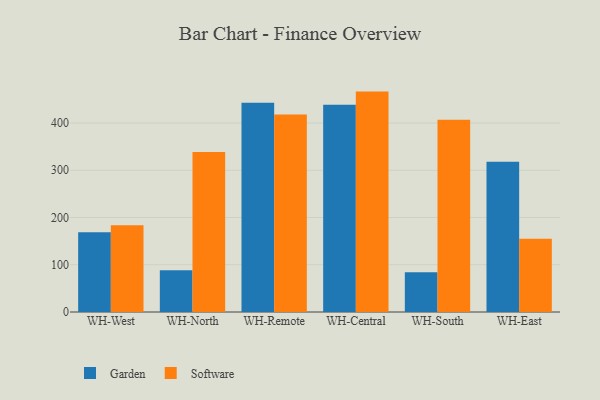
{"axis": {"x": "Warehouse", "y": "Headcount"}, "legend": ["Garden", "Software"], "data": [{"x": "WH-West", "y": 169.1, "type": "Garden"}, {"x": "WH-West", "y": 183.8, "type": "Software"}, {"x": "WH-North", "y": 88.4, "type": "Garden"}, {"x": "WH-North", "y": 338.5, "type": "Software"}, {"x": "WH-Remote", "y": 443.0, "type": "Garden"}, {"x": "WH-Remote", "y": 418.1, "type": "Software"}, {"x": "WH-Central", "y": 439.0, "type": "Garden"}, {"x": "WH-Central", "y": 466.6, "type": "Software"}, {"x": "WH-South", "y": 84.2, "type": "Garden"}, {"x": "WH-South", "y": 406.8, "type": "Software"}, {"x": "WH-East", "y": 318.3, "type": "Garden"}, {"x": "WH-East", "y": 155.1, "type": "Software"}]}